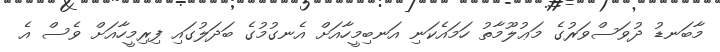
މާބަނޑު ދުވަސްވަރުގެ މަޢުލޫމާތު ހަމައެކަނި އަނބިމީހާއަށް އެނގުމުގެ ބަދަލުގައި ފިރިމީހާއަށް ވެސް އެ